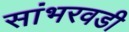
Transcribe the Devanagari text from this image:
सांभरवडी